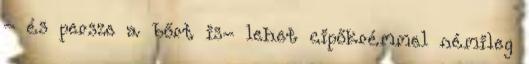
- és persze a bőrt is- lehet cipőkrémmel némileg